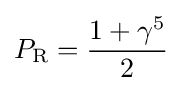
P_{\rm {R}}={\frac {1+\gamma ^{5}}{2}}